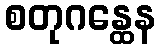
စတုဂန္ထေန